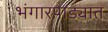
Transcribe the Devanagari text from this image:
भंगारपाड्यात